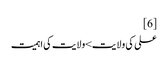
[6]
علی کی ولایت>ولایت کی اہمیت